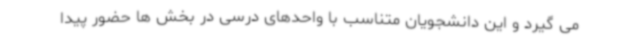
می گیرد و این دانشجویان متناسب با واحدهای درسی در بخش ها حضور پیدا